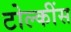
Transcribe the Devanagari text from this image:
टोल्कींस